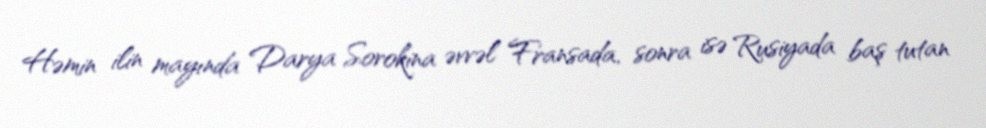
Həmin ilin mayında Darya Sorokina əvvəl Fransada, sonra isə Rusiyada baş tutan